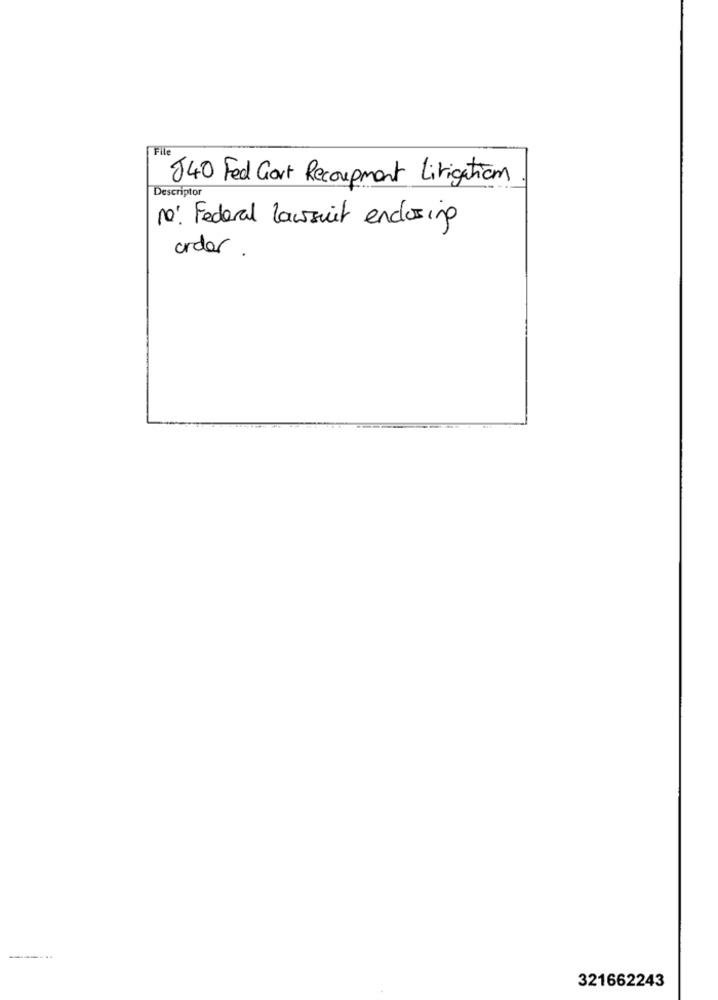
File
840 Fed Gort Recoupment Litigation
Descriptor
10: Federal Lawsuit enclosing
order.
-----..
321662243